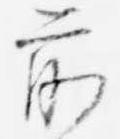
前